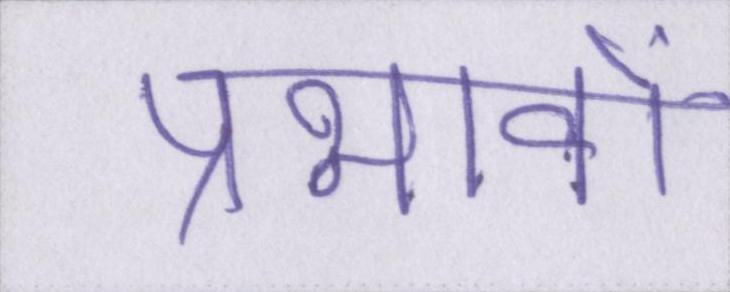
प्रभावों